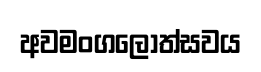
අවමංගලෝත්සවය